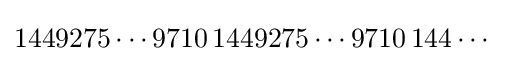
1449275\cdots 9710\,1449275\cdots 9710\,144\cdots